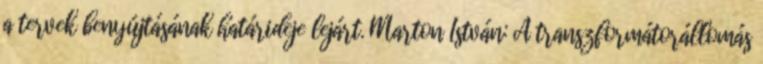
a tervek benyújtásának határideje lejárt. Marton István: A transzformátorállomás